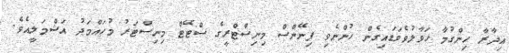
އިދާރާ ހިންގުމާ ހަވާލުވެވަޑައިގެން ހުންނެވި ފިނޭންސް މިނިސްޓްރީގެ ސްޓޭޓް މިނިސްޓަރު މުހައްމަދު އަޝްމަލީއެވެ.